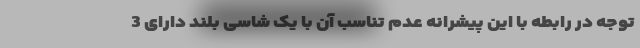
توجه در رابطه با این پیشرانه عدم تناسب آن با یک شاسی بلند دارای 3